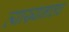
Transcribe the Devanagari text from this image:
व्याख्यानातच